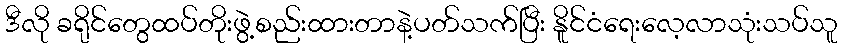
ဒီလို ခရိုင်တွေထပ်တိုးဖွဲ့စည်းထားတာနဲ့ပတ်သက်ပြီး နိူင်ငံရေးလေ့လာသုံးသပ်သူ